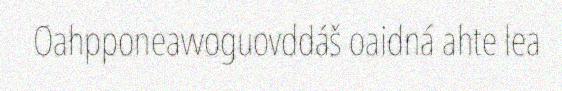
Oahpponeavvoguovddáš oaidná ahte lea